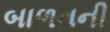
બાળતની